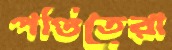
পণ্ডিতেরা